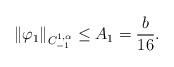
LaTeX: \begin{align*}\|\varphi_1\|_{C^{1,\alpha}_{-1}} \leq A_1 = \frac{b}{16}.\end{align*}